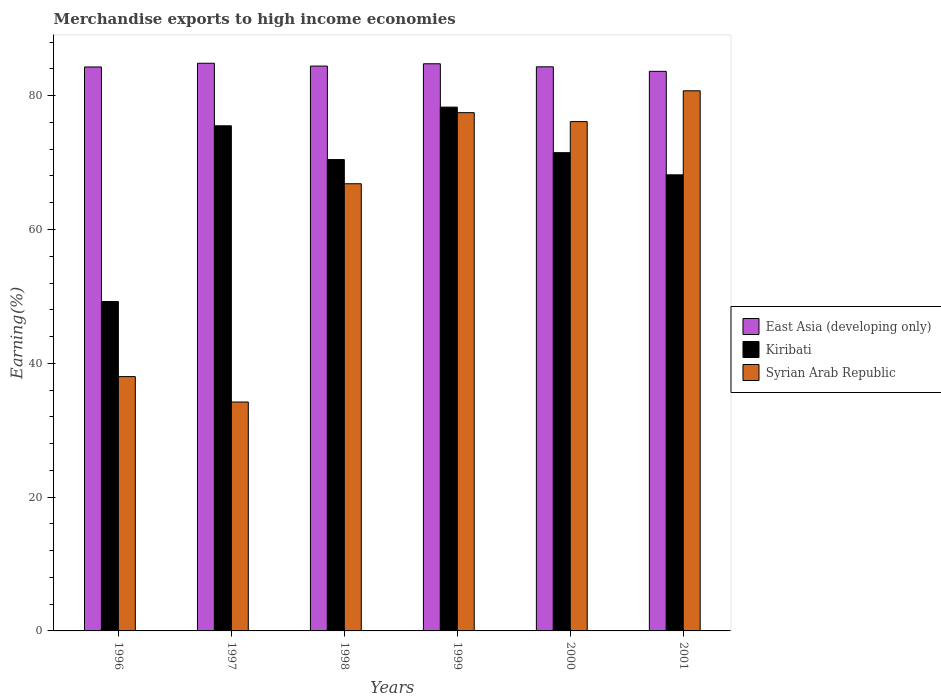
| Years | East Asia (developing only) | Kiribati | Syrian Arab Republic |
 | --- | --- | --- | --- |
 | 1996 | 84.3 | 49.2 | 38 |
 | 1997 | 84.8 | 75.5 | 34.2 |
 | 1998 | 84.4 | 70.4 | 66.8 |
 | 1999 | 84.8 | 78.3 | 77.5 |
 | 2000 | 84.3 | 71.5 | 76.1 |
 | 2001 | 83.6 | 68.2 | 80.7 |